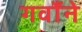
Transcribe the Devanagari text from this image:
गवाँने